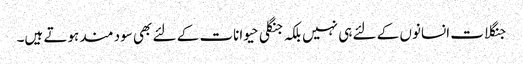
جنگلات انسانوں کے لئے ہی نہیں بلکہ جنگلی حیوانات کے لئے بھی سود مند ہوتے ہیں۔